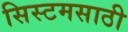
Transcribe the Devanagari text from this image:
सिस्टमसाठी